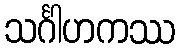
သင်္ဂါဟကဿ